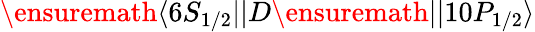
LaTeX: \ensuremath{\langle 6S_{1/2}||}D\ensuremath{||10P_{1/2}\rangle}